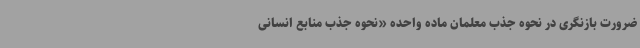
ضرورت بازنگری در نحوه جذب معلمان ماده واحده «نحوه جذب منابع انسانی